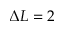
\Delta L = 2